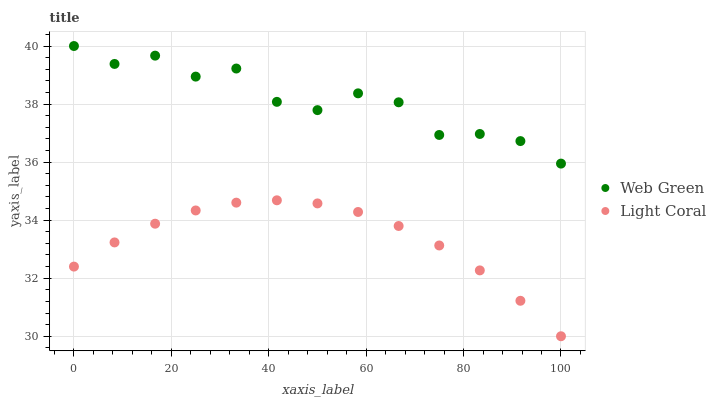
| xaxis_label | Web Green | Light Coral |
 | --- | --- | --- |
 | 0 | 40 | 32.4 |
 | 8.33 | 39.4 | 33.2 |
 | 16.7 | 39.7 | 33.9 |
 | 25 | 38.9 | 34.3 |
 | 33.3 | 39.2 | 34.6 |
 | 41.7 | 38.1 | 34.7 |
 | 50 | 37.8 | 34.6 |
 | 58.3 | 38.4 | 34.3 |
 | 66.7 | 38.1 | 33.8 |
 | 75 | 36.9 | 33.1 |
 | 83.3 | 37 | 32.3 |
 | 91.7 | 36.7 | 31.2 |
 | 100 | 35.9 | 30 |